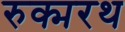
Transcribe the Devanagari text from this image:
रुक्मरथ